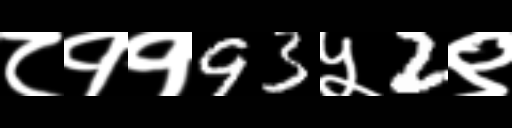
Text: ८११93५2९